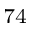
^ { 7 4 }